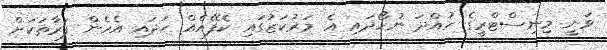
ވަނީ މިނިސްޓްރީގެ ހުއްދަ ނުހޯދައި އެ މަރުކަޒުގައި ކެފޭއެއް ހަދައި އެހެން ފަރާތަކަށް